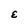
Character: E